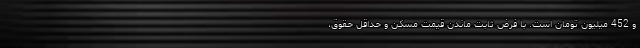
و 452 میلیون تومان است. با فرض ثابت ماندن قیمت مسکن و حداقل حقوق،